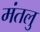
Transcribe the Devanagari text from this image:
मंतलु